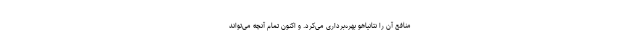
منافع آن را نتانیاهو بهره‌برداری می‌کرد. و اکنون تمام آنچه می‌تواند